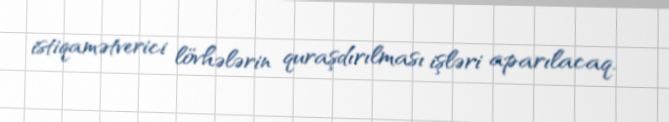
istiqamətverici lövhələrin quraşdırılması işləri aparılacaq.